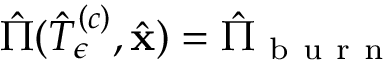
\hat { \Pi } ( \hat { T } _ { \epsilon } ^ { \left( c \right) } , \hat { \mathbf { x } } ) = \hat { \Pi } _ { \mathrm { ~ b ~ u ~ r ~ n ~ } }